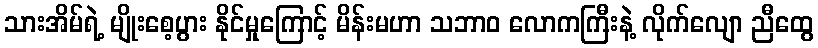
သားအိမ်ရဲ့ မျိုးစေ့ပွား နိုင်မှုကြောင့် မိန်းမဟာ သဘာဝ လောကကြီးနဲ့ လိုက်လျော ညီထွေ